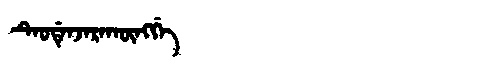
Manchu: ᡨᡝᠣᡩᡝᠨᠵᡝᡵᠠᡴᡡᠩᡤᡝ
Romanization: TEODENJERAKŪNGGE